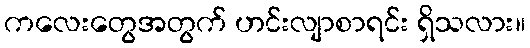
ကလေးတွေအတွက် ဟင်းလျာစာရင်း ရှိသလား။